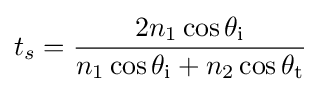
t_{s}={\frac {2n_{1}\cos \theta _{\text{i}}}{n_{1}\cos \theta _{\text{i}}+n_{2}\cos \theta _{\text{t}}}}